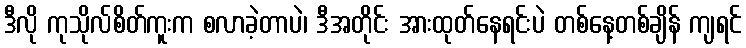
ဒီလို ကုသိုလ်စိတ်ကူးက စလာခဲ့တာပဲ၊ ဒီအတိုင်း အားထုတ်နေရင်းပဲ တစ်နေ့တစ်ချိန် ကျရင်